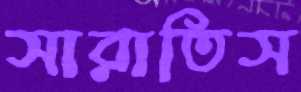
সারাতিস